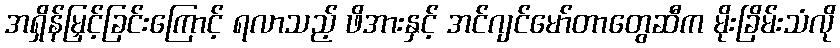
အရှိန်မြှင့်ခြင်းကြောင့် ရလာသည့် ဖိအားနှင့် အင်ဂျင်မော်တာတွေဆီက မိုးခြိမ်းသံလို